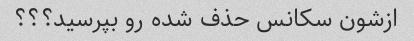
ازشون سکانس حذف شده رو بپرسید؟؟؟